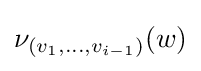
\nu _{(v_{1},\dots ,v_{i-1})}(w)